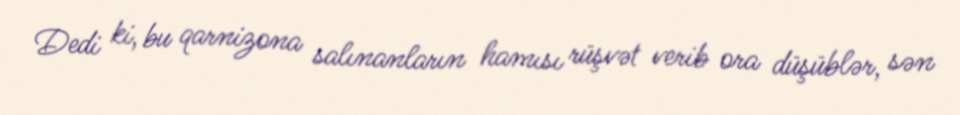
Dedi ki, bu qarnizona salınanların hamısı rüşvət verib ora düşüblər, sən